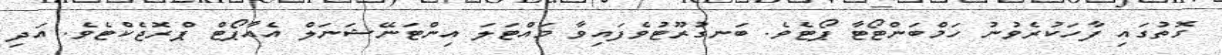
ގޮތުގައި ފާހަކުރެވުނު ހަމްބަންޓޯޓާ ޕޯޓެވެ. ބަނގުރޫޓުވެފައިވާ މައްޓަލަ އިންޓަނޭޝަނަލް އެއާޕޯޓް ޕްރޮޖެކްޓެވެ. އަދި